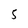
Character: 5